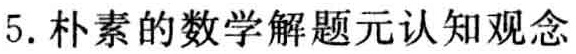
5. 朴素的数学解题元认知观念